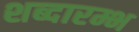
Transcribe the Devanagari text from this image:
शब्दारम्भ